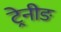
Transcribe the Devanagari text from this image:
ट्रेनीङ